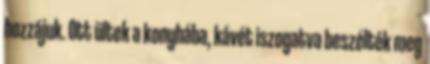
hozzájuk. Ott ültek a konyhába, kávét iszogatva beszélték meg